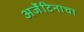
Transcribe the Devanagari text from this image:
अर्जेंटिनाचा